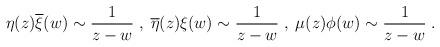
LaTeX: \begin{align*}\eta(z)\overline{\xi}(w)\sim\frac{1}{z-w}\;, \;\overline{\eta}(z){\xi}(w)\sim\frac{1}{z-w}\;, \;\mu(z){\phi}(w)\sim\frac{1}{z-w}\;.\end{align*}